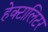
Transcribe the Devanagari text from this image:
हेक्टालिटर